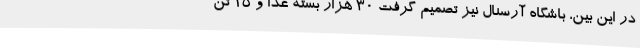
در این بین، باشگاه آرسنال نیز تصمیم گرفت 30 هزار بسته غذا و 15 تن